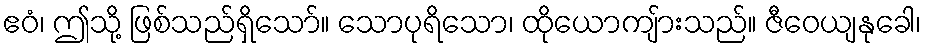
ဧဝံ၊ ဤသို့ ဖြစ်သည်ရှိသော်။ သောပုရိသော၊ ထိုယောကျ်ားသည်။ ဇီဝေယျနုခေါ၊